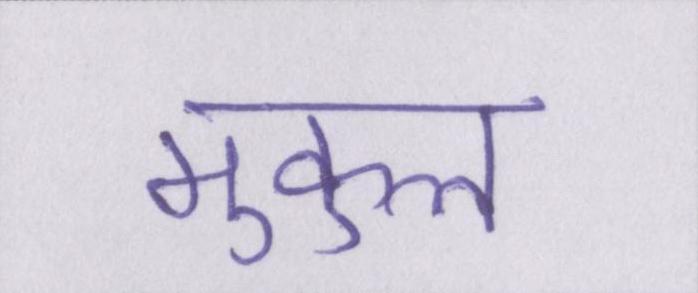
मुकुल